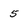
Character: 5